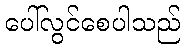
ပေါ်လွင်စေပါသည်